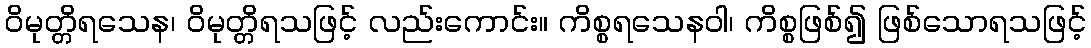
ဝိမုတ္တိရသေန၊ ဝိမုတ္တိရသဖြင့် လည်းကောင်း။ ကိစ္စရသေနဝါ၊ ကိစ္စဖြစ်၍ ဖြစ်သောရသဖြင့်